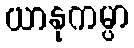
ယာနုကမ္ပာ